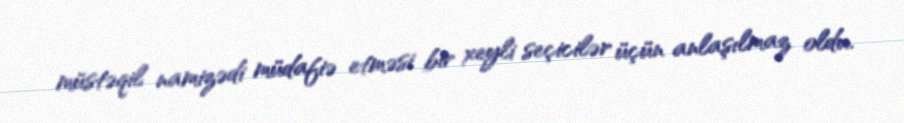
müstəqil namizədi müdafiə etməsi bir xeyli seçicilər üçün anlaşılmaz oldu.